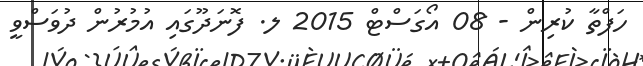
ހަފްތާ ކުރިން - 08 އޯގަސްޓް 2015 ލ. ފޮނަދޫގައި އުމުރުން ދުވަސްވީ